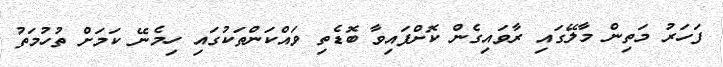
ފަހަރު މަތިން މާލޭގައި ރާވައިގެން ކޮށްފައިވާ ބޮޑެތި ވައްކަންތަކުގައި ހިމެނޭ ކަމަށް ތުހުމަތު